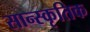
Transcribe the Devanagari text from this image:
सान्स्कृतिक